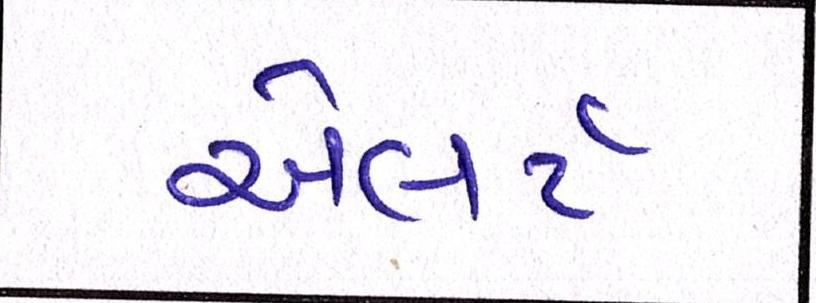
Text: એલર્ટ